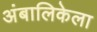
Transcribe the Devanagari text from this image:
अंबालिकेला